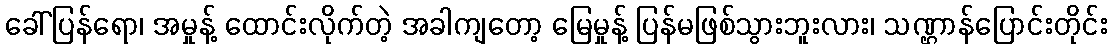
ခေါ်ပြန်ရော၊ အမှုန့် ထောင်းလိုက်တဲ့ အခါကျတော့ မြေမှုန့် ပြန်မဖြစ်သွားဘူးလား၊ သဏ္ဌာန်ပြောင်းတိုင်း